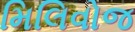
મિલિવોજ